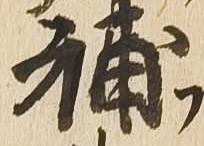
補